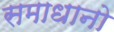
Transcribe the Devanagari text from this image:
समाधानो